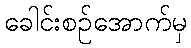
ခေါင်းစဉ်အောက်မှ